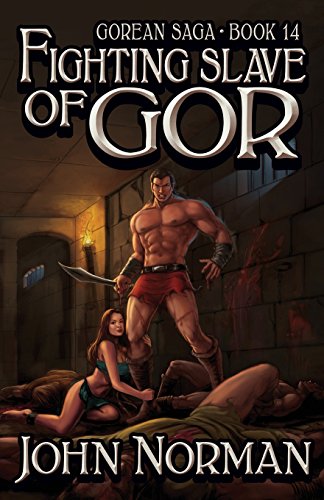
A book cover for Fighting Slave of Gor (Gorean Saga); John Norman; Romance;